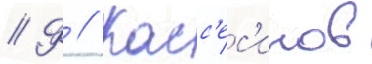
// Ф // Касс'ес'инов